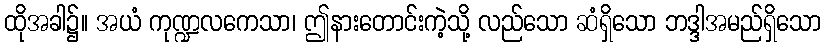
ထိုအခါ၌။ အယံ ကုဏ္ဍလကေသာ၊ ဤနားတောင်းကဲ့သို့ လည်သော ဆံရှိသော ဘဒ္ဒါအမည်ရှိသော